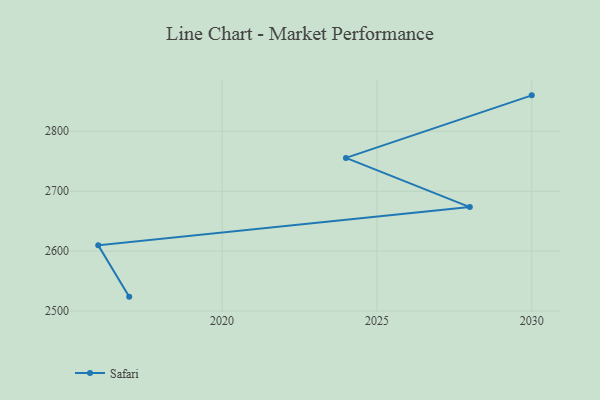
{"axis": {"x": "Year", "y": "Market Share (%)"}, "legend": ["Safari"], "data": [{"x": "2030", "y": 2859.9, "type": "Safari"}, {"x": "2024", "y": 2755.5, "type": "Safari"}, {"x": "2028", "y": 2673.4, "type": "Safari"}, {"x": "2016", "y": 2609.6, "type": "Safari"}, {"x": "2017", "y": 2523.9, "type": "Safari"}]}